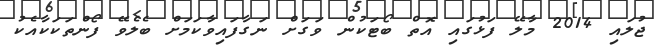
ޖުލައި 2014 މާލޭ ފަޅުގައި އޮތް ބޯޓަކުން ވަގަށް ނަގާފައިވާކަމަށް ބެލެވޭ ފޯންތަކަކާއެކު